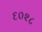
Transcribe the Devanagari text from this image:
६०२८